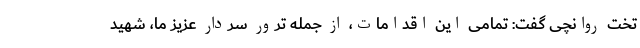
تخت روانچی گفت: تمامی این اقدامات، از جمله ترور سردار عزیز ما، شهید